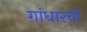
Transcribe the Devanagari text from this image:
गांधारची